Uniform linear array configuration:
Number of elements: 16
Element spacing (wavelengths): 1
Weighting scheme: kaiser
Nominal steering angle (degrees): -30
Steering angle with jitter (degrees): -28.139
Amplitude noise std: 0.05
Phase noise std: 0.05

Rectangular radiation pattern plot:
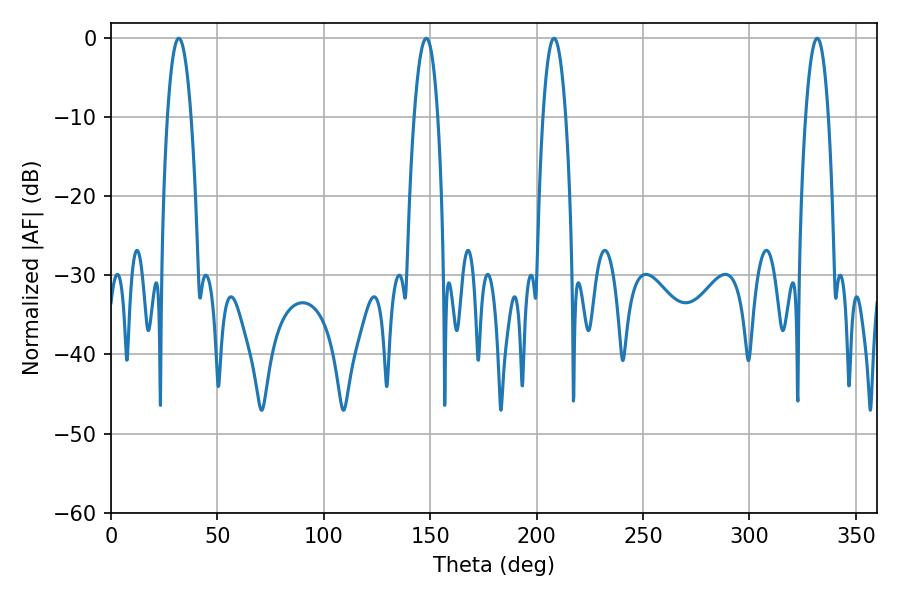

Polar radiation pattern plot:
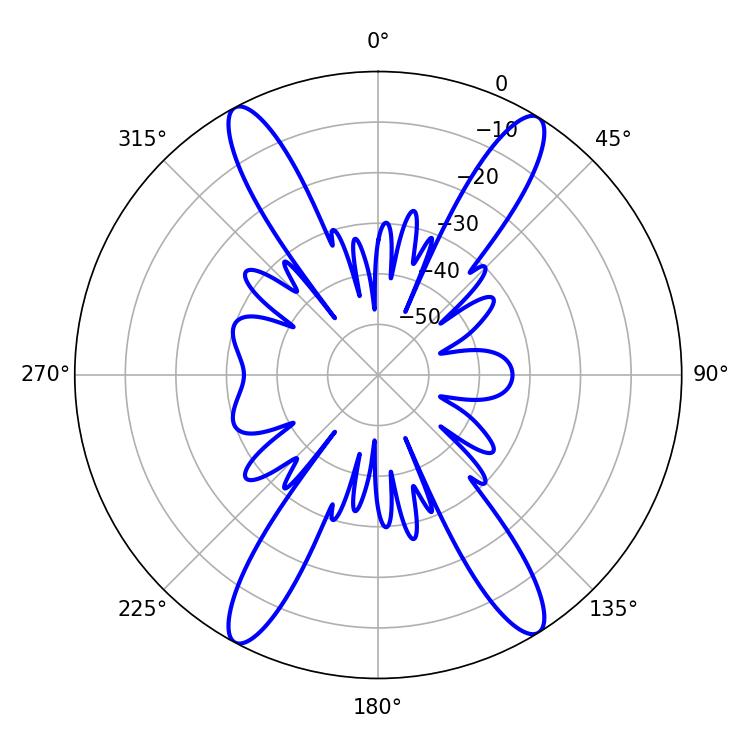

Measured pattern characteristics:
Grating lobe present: TRUE
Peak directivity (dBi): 20.882
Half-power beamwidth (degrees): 6.12
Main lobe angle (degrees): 31.86